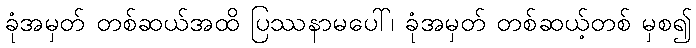
ခုံအမှတ် တစ်ဆယ်အထိ ပြဿနာမပေါ်၊ ခုံအမှတ် တစ်ဆယ့်တစ် မှစ၍